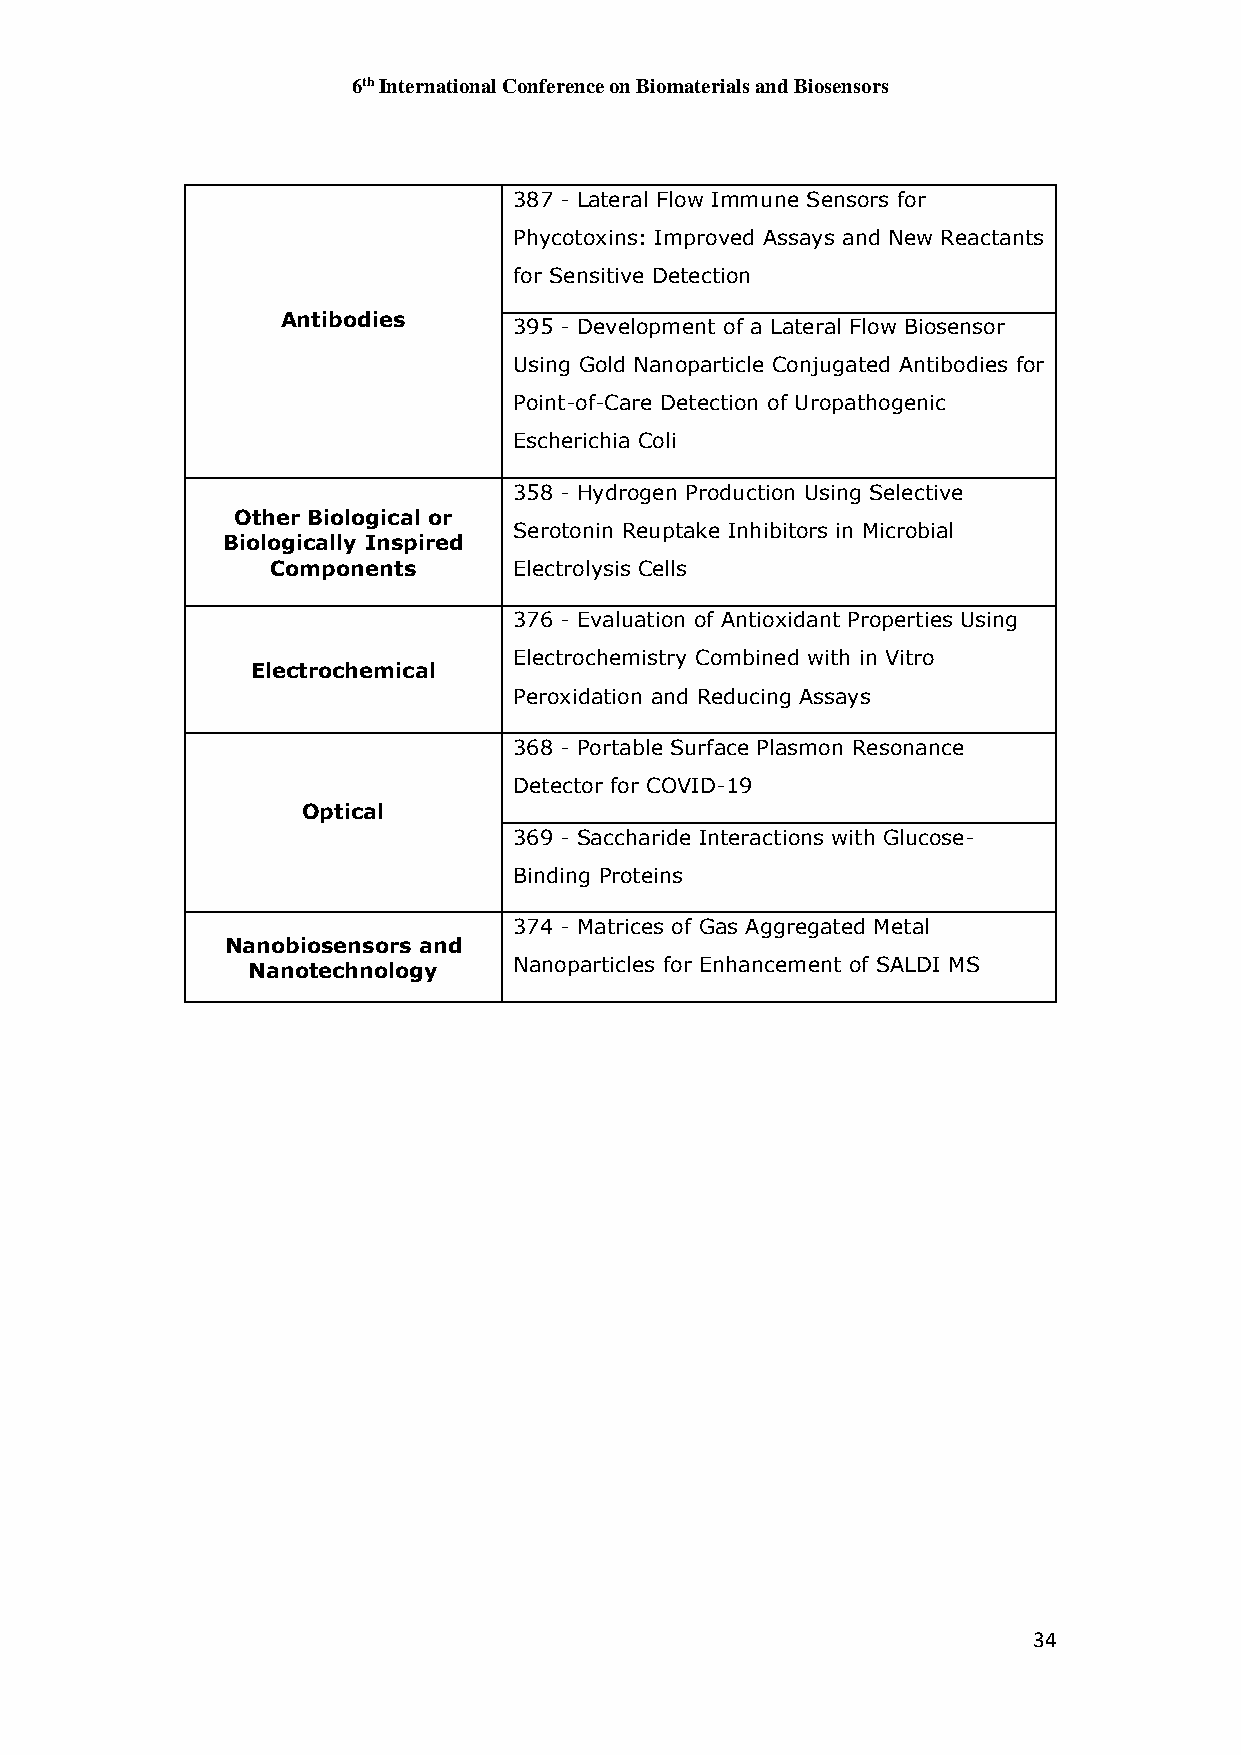
6th International Conference on Biomaterials and Biosensors
 387 - Lateral Flow Immune Sensors for
 Phycotoxins: Improved Assays and New Reactants
 for Sensitive Detection
 Antibodies
 395 - Development of a Lateral Flow Biosensor
 Using Gold Nanoparticle Conjugated Antibodies for
 Point-of-Care Detection of Uropathogenic
 Escherichia Coli
 358 - Hydrogen Production Using Selective
 Other Biological or
 Serotonin Reuptake Inhibitors in Microbial
 Biologically Inspired
 Components      Electrolysis Cells
 376 - Evaluation of Antioxidant Properties Using
 Electrochemistry Combined with in Vitro
 Electrochemical
 Peroxidation and Reducing Assays
 368 - Portable Surface Plasmon Resonance
 Detector for COVID-19
 Optical
 369 - Saccharide Interactions with Glucose-
 Binding Proteins
 374 - Matrices of Gas Aggregated Metal
 Nanobiosensors and
 Nanotechnology    Nanoparticles for Enhancement of SALDI MS
 34